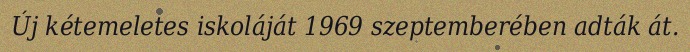
Új kétemeletes iskoláját 1969 szeptemberében adták át.